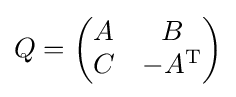
Q={\begin{pmatrix}A&B\\C&-A^{\mathrm {T} }\end{pmatrix}}